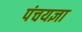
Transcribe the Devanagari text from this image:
पंचयज्ञा